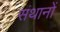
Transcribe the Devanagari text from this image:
संथानों